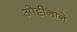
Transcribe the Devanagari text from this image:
ओट्टीनाने